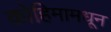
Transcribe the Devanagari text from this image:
कोहिमामधून